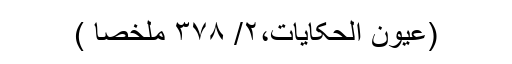
(عُیون الحکایات،۲/ ۳۷۸ ملخّصًا )